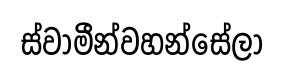
ස්වාමීන්වහන්සේලා